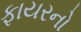
ફાયરનો